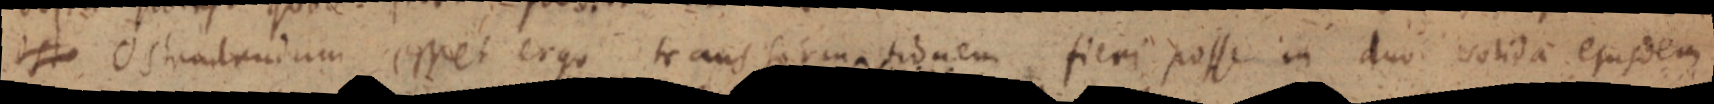
est Ostra _ rudum esset ergo transformationem fieri posse in duo solida ejusdem